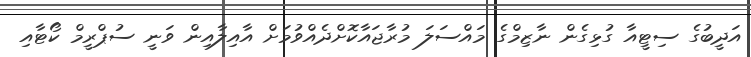
އަދީބުގެ ސިޓީއާ ގުޅިގެން ނާޒިމްގެ މައްސަލަ މުރާޖައާކޮށްދެއްވުމަށް އާއިލާއިން ވަނީ ސުޕްރީމް ކޯޓާއި